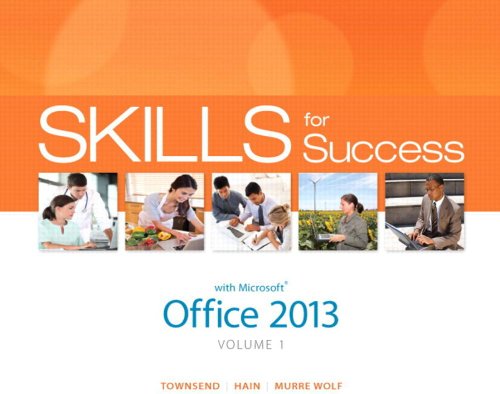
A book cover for Skills for Success with Office 2013 Volume 1 (Skills for Success, Office 2013); Kris Townsend; Computers & Technology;